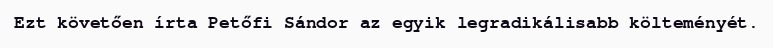
Ezt követően írta Petőfi Sándor az egyik legradikálisabb költeményét.